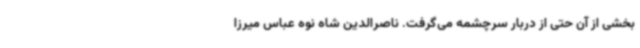
بخشی از آن حتی از دربار سرچشمه می‌گرفت. ناصرالدین شاه نوه عباس میرزا